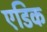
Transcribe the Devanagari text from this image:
एडिक